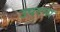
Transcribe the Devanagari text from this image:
उपरना